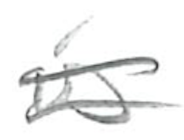
Text: is
Cross-out: double-line
Writing tool: pencil